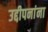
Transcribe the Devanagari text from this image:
उद्दीपनांना